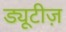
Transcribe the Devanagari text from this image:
ड्यूटीज़